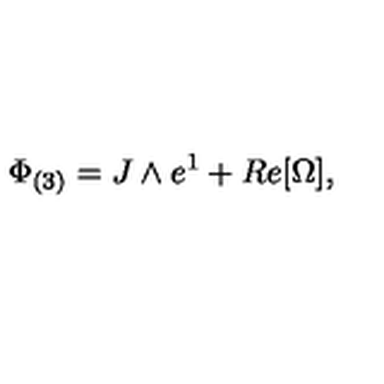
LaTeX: \Phi _ { ( 3 ) } = J \wedge e ^ { 1 } + R e [ \Omega ] ,